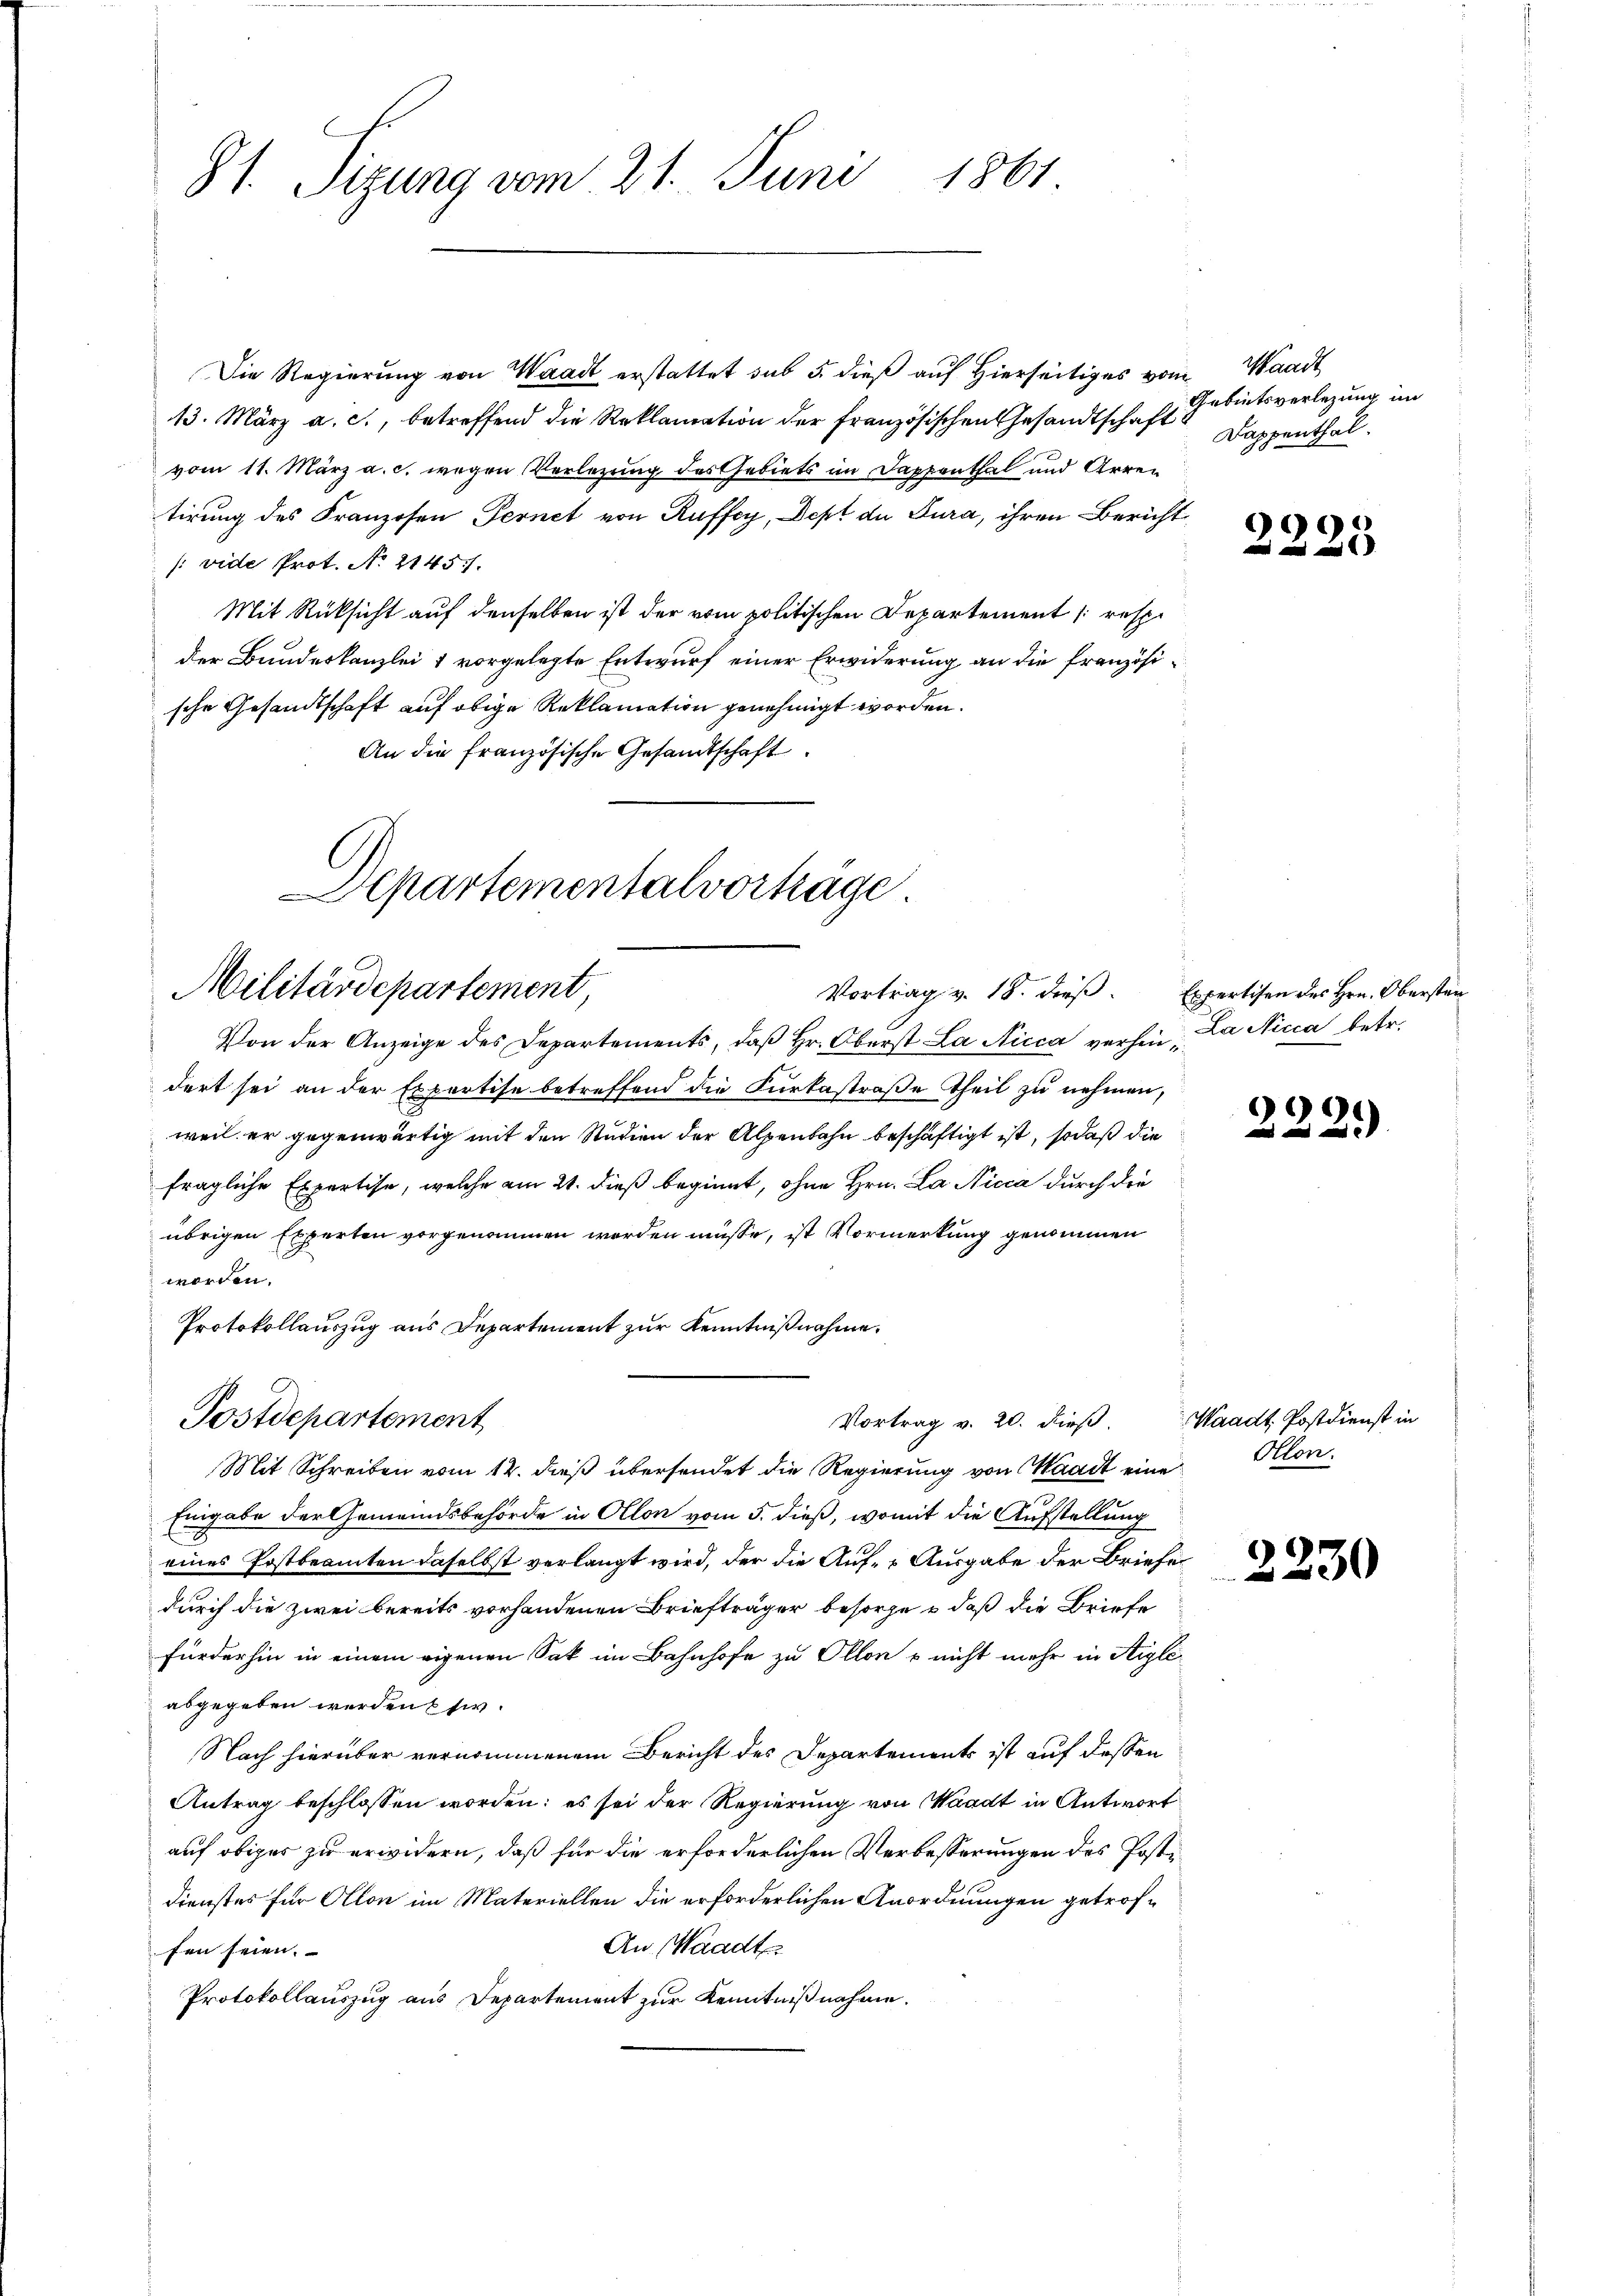
81. Sizung vom 21. Juni 1861

Die Regierung von Waadt erstattet sub 5. dieß auf Hierseitiges vom Waadt
13. März a. c., betreffend die Reklamation der französischen Gesandtschaft
vom 11. März a. c. wegen Verlegung des Gebiets im Dappenthal und Arren
tirung des Franzosen Fernet von Ruffey, Dept de Jura, ihren Bericht
/: vide Prot. No 2145/
Mit Rücksicht auf denselben ist der vom politischen Departement (resp.
der Bundeskanzlei 1 vorgelegte Entwurf einer Erwiderung an die französische Gesandtschaft auf obige Reklamation genehmigt worden.
An die französische Gesandtschaft.

Separtementalverhäge
Militärdepartement
Vortrag v. 18. dieß.

Postdepartement

Von der Anzeige des Departements, daß Hr. Oberst La Nicca verhin, La Nicca betr.
dert sei an der Expertise betreffend die Furkastraße theil zu nehmen,
weil er gegenwärtig mit den Studien der Alpenbahn beschäftigt ist, sodaß die
fragliche Expertise, welche am 21. dieß beginnt, ohne Hrn. La Nicca durch die
übrigen Experten vorgenommen worden müsse, ist Vormerkung genommen
worden.
Protokollauszug aus Departement zur Kenntnißnahme.

Vortrag v. 20. dieß.

Tebietsverlegung im
Dappenthal.

Mit Schreiben vom 12. dieß übersendet die Regierung von Waadt eine Ollon
Eingabe der Gemeindsbehörde in Ollon vom 5. dieß, womit die Aufstellung
eines Postbeamten daselbst verlangt wird, der die Auf- Ausgabe der Briefe
durch die zwei bereits vorhandenen Briefträger besorge u daß die Briefe
fürderhin in einem eigenen Sak im Bahnhofe zu Ollon u nicht mehr in Aigleabgegeben werden (s.
Nach hierüber vernommenem Bericht des Departements ist auf dessen
Antrag beschlossen worden: es sei der Regierung von Waadt in Antwort
auf obiger zu erwidern, daß für die erforderlichen Verbesserungen des Posti
Dienstes für Ollon im Materiellen die erforderlichen Anordnungen getrof¬
An Waadt
fen seien. |
Protokollauszug aus Departement zur Kenntnißnahme.

2225

Expertisen des Hrn. Obersten

9
2.

Waadt Postdienst in

2230